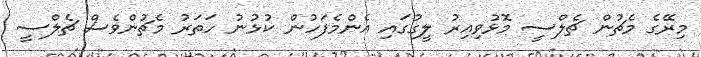
މިރޭގެ މެޗުން ޗެލްސީ މޮޅުވިއިރު ލީގުގައި އެންމެފަހުން ކުޅުނު ހަތަރު މެޗުންވެސް ޗެލްސީ